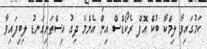
ކަމުގައިވާ ލިމްކާ ބުކް އޮފް ރެކޯޑްސް އިން އެންމެ ދިގު އިސްތަށިގަނޑު ލިބިފައިވާ